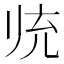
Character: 𱍮